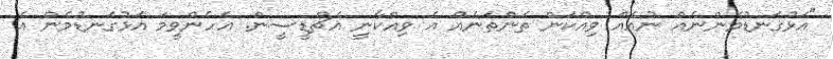
"އަޅުގަނޑުމެންނެއް ނުއެއް ވިއްކަން ތަންތަނެއް އެ ވިއްކާނީ އެޗްޑީސީން. އެހެންވީމަ އަޅުގަނޑުމެން އެ